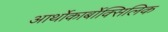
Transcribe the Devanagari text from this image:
आर्थोकार्बोक्सिलिक